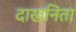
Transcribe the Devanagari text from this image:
दाखनिता